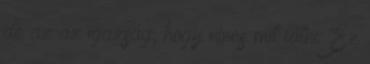
de az az igazság, hogy nincs mit látni. Ez